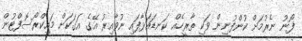
ފޯނު ނެރުމަށް ކުންފުނިން ވަކި ތާރީހެއް ކަނޑައަޅާފައި ނުވާއިރު އޭގެ އަގަކަށް މައިކްރޯސޮފްޓުން